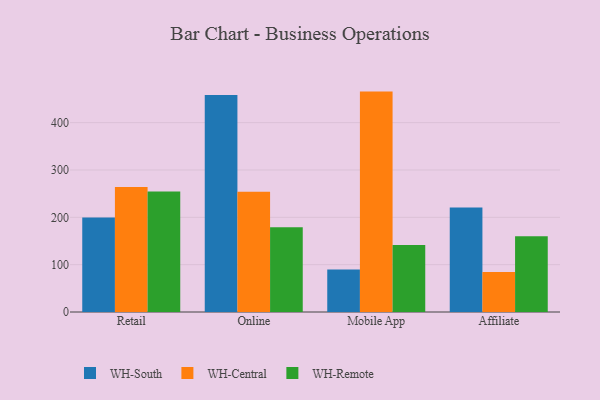
{"axis": {"x": "Channel", "y": "Operating Costs (USD K)"}, "legend": ["WH-Central", "WH-Remote", "WH-South"], "data": [{"x": "Retail", "y": 199.8, "type": "WH-South"}, {"x": "Retail", "y": 264.1, "type": "WH-Central"}, {"x": "Retail", "y": 254.8, "type": "WH-Remote"}, {"x": "Online", "y": 458.4, "type": "WH-South"}, {"x": "Online", "y": 254.2, "type": "WH-Central"}, {"x": "Online", "y": 178.9, "type": "WH-Remote"}, {"x": "Mobile App", "y": 90.0, "type": "WH-South"}, {"x": "Mobile App", "y": 465.6, "type": "WH-Central"}, {"x": "Mobile App", "y": 141.6, "type": "WH-Remote"}, {"x": "Affiliate", "y": 221.0, "type": "WH-South"}, {"x": "Affiliate", "y": 84.5, "type": "WH-Central"}, {"x": "Affiliate", "y": 160.1, "type": "WH-Remote"}]}